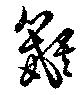
鼯